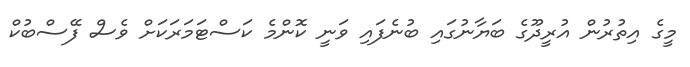
މީގެ އިތުރުން އުރީދޫގެ ބަޔާނުގައި ބުނެފައި ވަނީ ކޮންމެ ކަސްޓަމަރަކަށް ވެސް ފޭސްބުކް